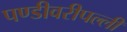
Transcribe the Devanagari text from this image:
पण्डीवरीपल्ली